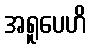
အရူပေဟိ